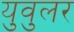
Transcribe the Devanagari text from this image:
युवुलर